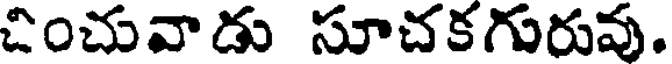
చించువాడు సూచకగురువు.